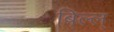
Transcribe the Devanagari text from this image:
बिल्ल्